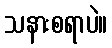
သနားစရာပဲ။